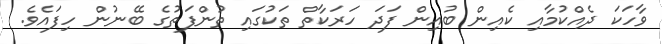
ވާހަކަ ދެއްކުމާއި ކެއިން ބުއިން ފަދަ ހަރަކާތް ތަކުގައި ތުންފަތުގެ ބޭނުން ހިފައެވެ.